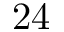
2 4